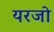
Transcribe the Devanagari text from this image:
यरजो